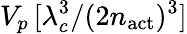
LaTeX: V_{p}\, [\lambda_{c}^{3}/(2n_{\mathrm{act}})^{3}]